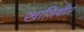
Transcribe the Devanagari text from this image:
खात्रिशीर